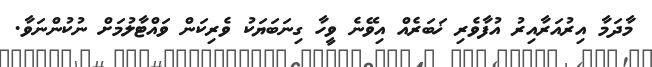
މާދަމާ އިރުއަރާއިރު އުފާވެރި ޚަބަރެއް އިވޭނެ ވީހާ ގިނަބަޔަކު ވެރިކަން ވައްޓާލުމަށް ނުކުންނަވާ.